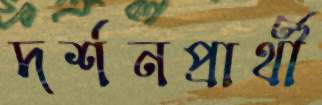
দর্শনপ্রার্থী